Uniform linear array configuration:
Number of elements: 4
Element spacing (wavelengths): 0.75
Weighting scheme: cosine
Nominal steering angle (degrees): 45
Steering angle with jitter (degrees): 45.241
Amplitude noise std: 0.05
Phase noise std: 0.05

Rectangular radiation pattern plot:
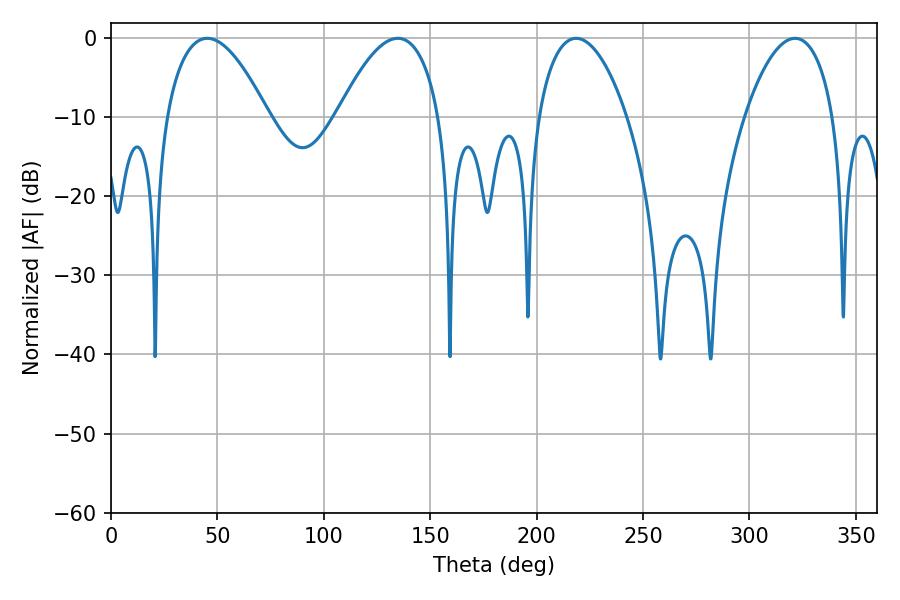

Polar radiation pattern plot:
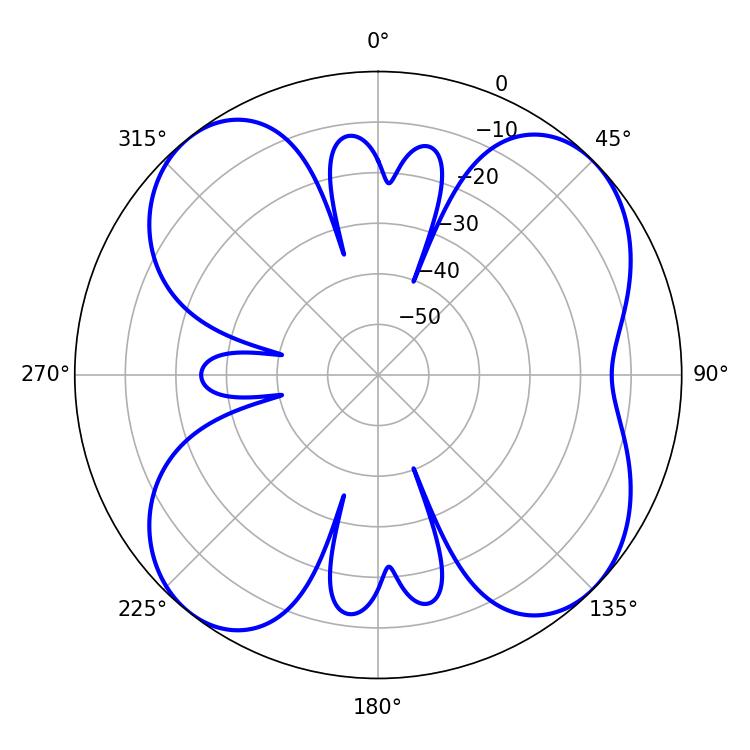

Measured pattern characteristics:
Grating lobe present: TRUE
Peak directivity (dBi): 10.255
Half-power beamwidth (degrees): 26.46
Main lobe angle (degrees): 45.18